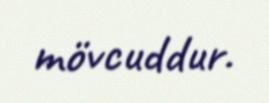
mövcuddur.